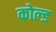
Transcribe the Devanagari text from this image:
कोल्‍ड